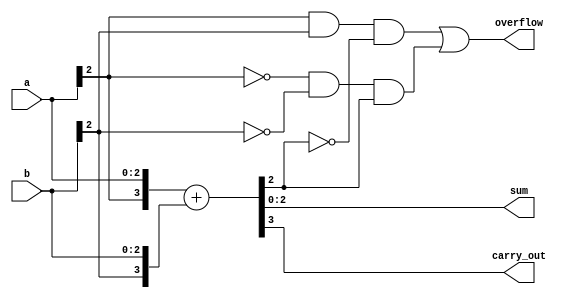
module sumador(
    input [WIDTH-1:0] a,
    input [WIDTH-1:0] b,
    output [WIDTH-1:0] sum,
    output overflow,
    output carry_out
);
parameter WIDTH = 3;
wire sign_a, sign_b, sign_aux_sum;
wire [WIDTH:0] aux_sum;

assign aux_sum = {a[WIDTH-1], a} + {b[WIDTH-1],b};
assign sum = aux_sum[WIDTH-1:0];
assign sign_a = a[WIDTH-1];
assign sign_b = b[WIDTH-1];
assign sign_sum = aux_sum[WIDTH-1];

assign carry_out = aux_sum[WIDTH];
assign overflow = ( sign_a &  sign_b & ~sign_sum) | (~sign_a & ~sign_b &  sign_sum);


`ifdef COCOTB_SIM
    initial begin
        $dumpfile("./sim_build/waveform.vcd");
        $dumpvars (0, sumador);
    end
`endif

endmodule